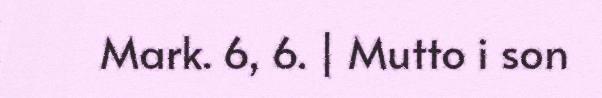
Mark. 6, 6. | Mutto i son